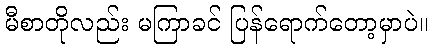
မီစာတိုလည်း မကြာခင် ပြန်ရောက်တော့မှာပဲ။